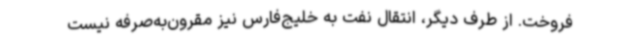
فروخت. از طرف دیگر، انتقال نفت به خلیج‌فارس نیز مقرون‌به‌صرفه نیست